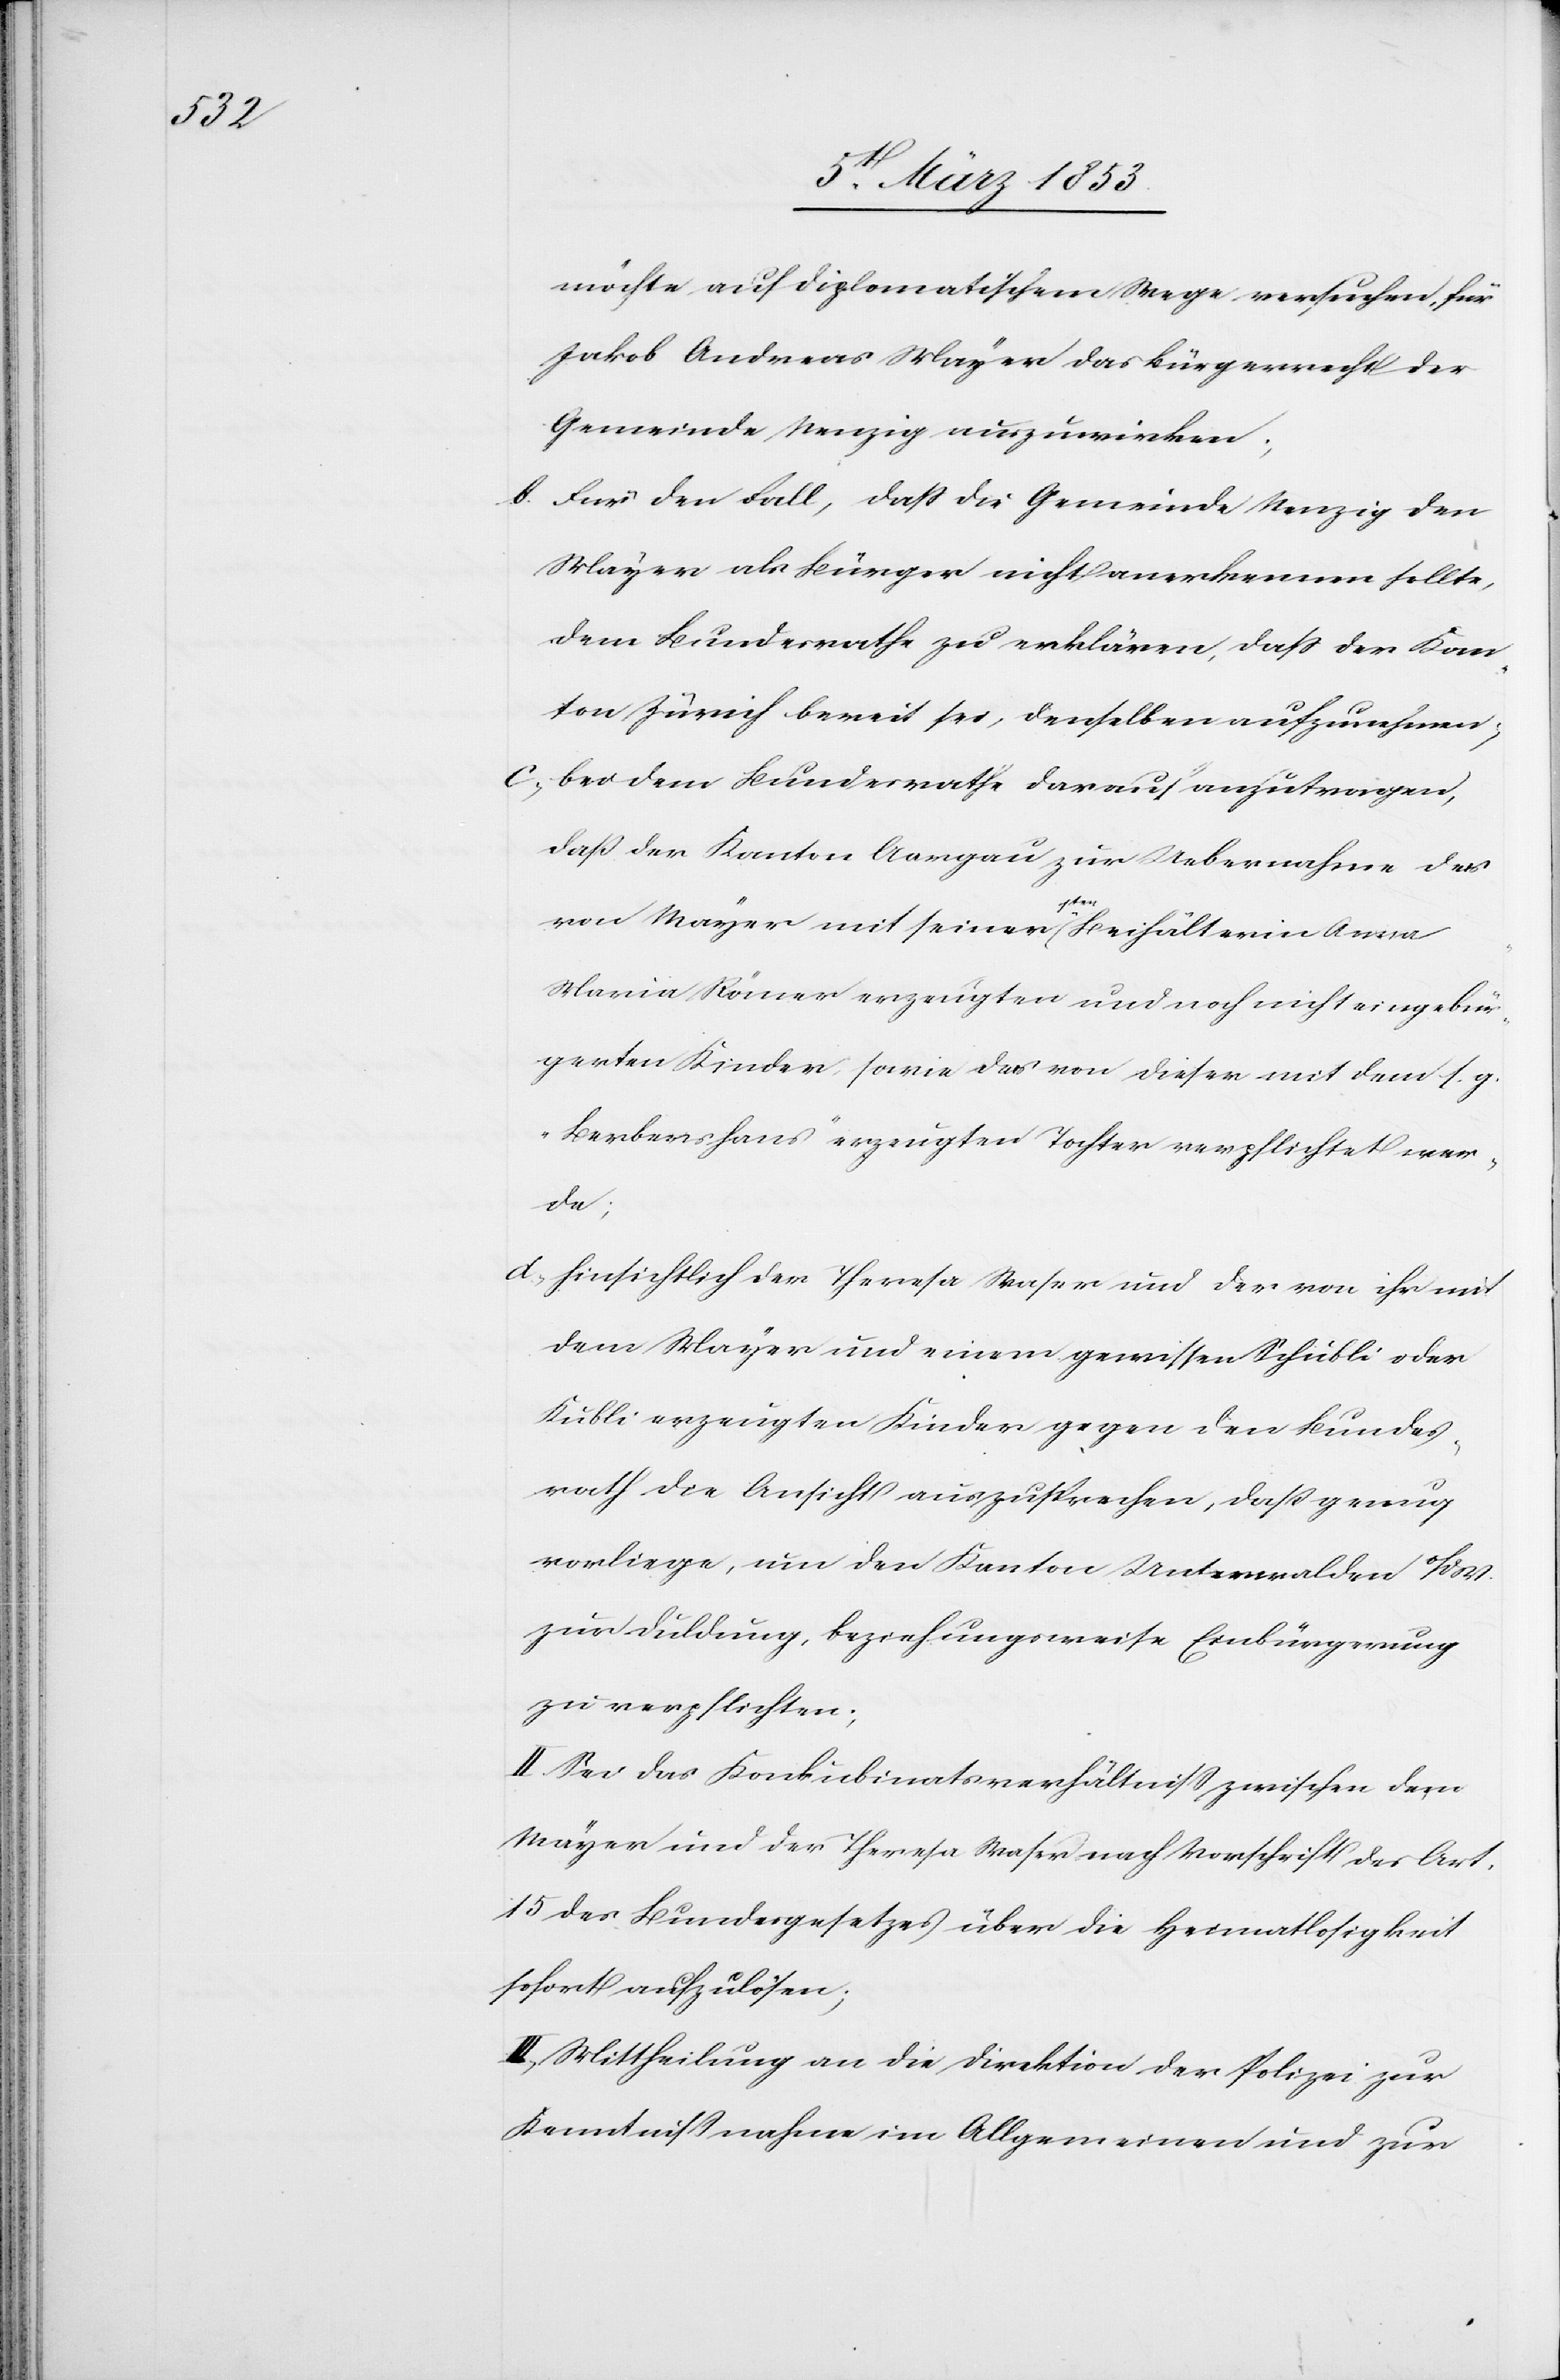
möchte auf diplomatischem Wege versuchen, für
Jakob Andreas Mayer das Bürgerrecht der
Gemeinde Nenzig auszuwirken.
b. Für den Fall, daß die Gemeinde Nenzig den
Mayer als Bürger nicht anerkennen sollte,
dem Bundesrathe zu erklären, daß der Kan¬
ton Zürich bereit sei, denselben aufzunehmen,
c, bei dem Bundesrathe darauf anzutragen,
daß der Kanton Aargau zur Uebernahme der
von Mayer mit seiner 1ten. Beihälterin Anna
Maria Römer erzeugten und noch nicht eingebür¬
gerten Kinder, sowie der von dieser mit dem s. g.
„Berbershans“ erzeugten Tochter verpflichtet wer¬
de,
d, Hinsichtlich der Theresa Waser und der von ihr mit
dem Mayer und einem gewissen Schübli oder
Kübli erzeugten Kinder gegen den Bundes¬
rath die Ansicht auszusprechen, daß genug
vorliege, um den Kanton Unterwalden o/d
zur Duldung, beziehungweise Einbürgerung
zu verpflichten.
II. Sei das Konkubinatsverhältniß zwischen dem
Mayer und der Theresa Waser nach Vorschrift des Art.
15 des Bundesgesetzes über die Heimathlosigkeit
sofort aufzulösen;
III. Mittheilung an die Direktion der Polizei zur
Kenntnißnahme im Allgemeinen und zur